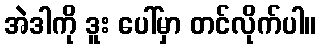
အဲဒါကို ဒူး ပေါ်မှာ တင်လိုက်ပါ။